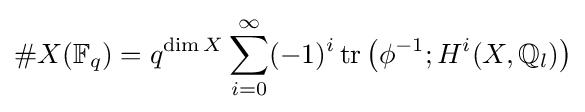
\#X(\mathbb {F} _{q})=q^{\dim X}\sum _{i=0}^{\infty }(-1)^{i}\operatorname {tr} \left(\phi ^{-1};H^{i}(X,\mathbb {Q} _{l})\right)